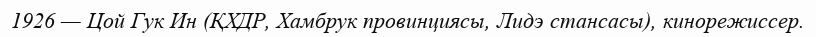
1926 — Цой Гук Ин (ҚХДР, Хамбрук провинциясы, Лидэ стансасы), кинорежиссер.